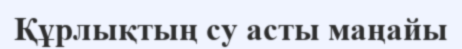
Құрлықтың су асты маңайы